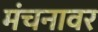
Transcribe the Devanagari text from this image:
मंचनावर